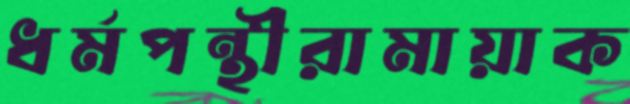
ধর্মপন্থীরামায়াক